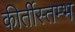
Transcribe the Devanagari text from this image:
कीर्तीस्तम्भ